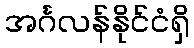
အင်္ဂလန်နိုင်ငံရှိ